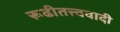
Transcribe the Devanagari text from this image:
रूढीतत्त्ववादी